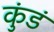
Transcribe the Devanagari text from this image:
कुंडं